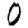
Digit: 0